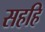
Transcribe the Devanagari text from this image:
सहहि